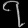
Digit: ၇